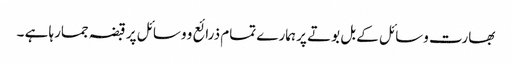
بھارت وسائل کے بل بوتے پر ہمارے تمام ذرائع و وسائل پر قبضہ جمارہا ہے ۔